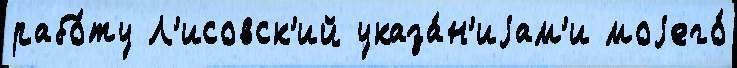
рабо́ту Л'исовск'ий указа́н'иjам'и моjего́